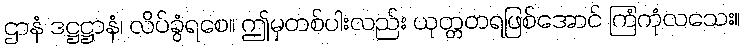
ဌာနံ ဒဋ္ဌဋ္ဌာနံ၊ လိပ်ခွံရစေ။ ဤမှတစ်ပါးလည်း ယုတ္တတရဖြစ်အောင် ကြံကုံလသေး။